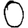
Digit: 0